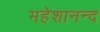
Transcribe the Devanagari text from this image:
महेशानन्द